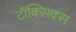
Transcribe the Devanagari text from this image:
टॉक्सिक्स